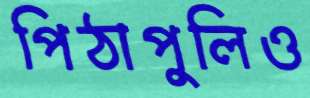
পিঠাপুলিও